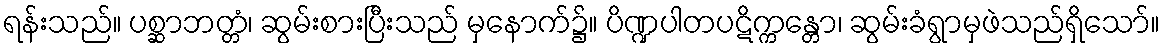
ရန်းသည်။ ပစ္ဆာဘတ္တံ၊ ဆွမ်းစားပြီးသည် မှနောက်၌။ ပိဏ္ဍပါတပဋိက္ကန္တော၊ ဆွမ်းခံရွာမှဖဲသည်ရှိသော်။